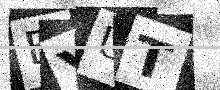
Text: BYUT